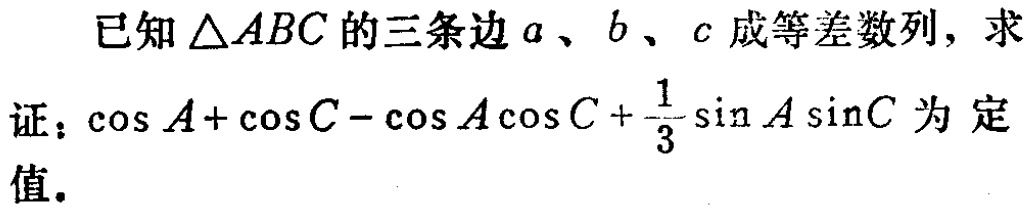
已知\(\triangle ABC\)的三条边\(a\)、\(b\)、\(c\)成等差数列，求
证：\(\cos A+\cos C - \cos A\cos C+\frac{1}{3}\sin A\sin C\)为定值.